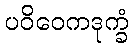
ပဝိဝေကဒုက္ခံ